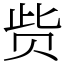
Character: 赀